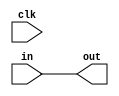
`timescale 1ns / 1ps
//////////////////////////////////////////////////////////////////////////////////
// Company: 
// Engineer: 
// 
// Design Name: 
// Module Name: placeholder
// Project Name: 
// Target Devices: 
// Tool Versions: 
// Description: 
// 
// Dependencies: 
// 
// Revision:
// Revision 0.01 - File Created
// Additional Comments:
// 
//////////////////////////////////////////////////////////////////////////////////


module placeholder(
    input [127:0] in,
    input clk,
    output [127:0] out
    );
    assign out=in;
endmodule